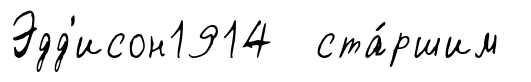
Эдд'исон1914 ста́ршим